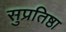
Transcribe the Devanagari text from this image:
सुप्रतिष्ठा